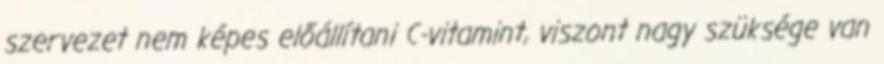
szervezet nem képes előállítani C-vitamint, viszont nagy szüksége van